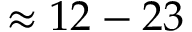
\approx 1 2 - 2 3